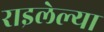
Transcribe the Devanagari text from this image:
राइलेल्या